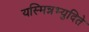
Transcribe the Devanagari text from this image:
यस्मिन्नभ्युदिते